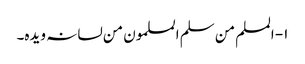
۱- المسلم من سلم المسلمون من لسانہ ویدہ۔